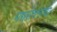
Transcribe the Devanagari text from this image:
मद्यसेवनाचा